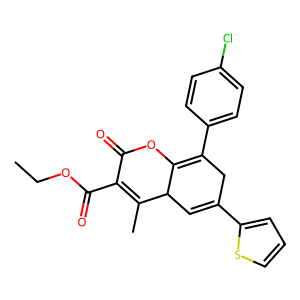
SMILES: CCOC(=O)C1=C(C)C2C=C(c3cccs3)CC(c3ccc(Cl)cc3)=C2OC1=O
Inhibits HIV replication: No